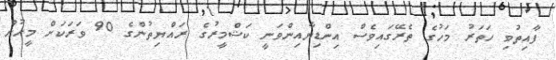
ފާއިތުވި ހަތަރު މަހުގެ ތެރޭގައިވެސް އިންޑިޔާއިންވަނީ ކަޝްމީރުގެ ރައްޔިތުންގެ 90 ވަރަކަށް މީހުން